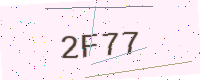
Text: 2F77